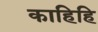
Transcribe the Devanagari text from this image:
काहिहि